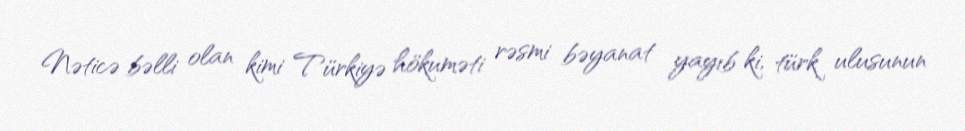
Nəticə bəlli olan kimi Türkiyə hökuməti rəsmi bəyanat yayıb ki, türk ulusunun